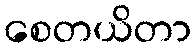
စေတယိတာ